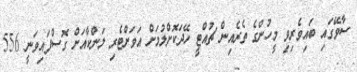
ސާވޭގައި ބައިވެރިވި މީހުންގެ ތެރެއިން ޗުއްޓީ ހޭދަކޮށްލުމަށް އަވަށްޓެރި ލަންކާއަށް ގޮސްފައިވަނީ 556